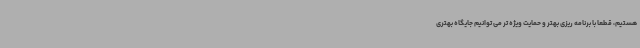
هستیم، قطعا با برنامه ریزی بهتر و حمایت ویژه تر می توانیم جایگاه بهتری